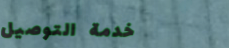
خدمة التوصيل